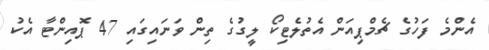
އެންމެ ފަހުގެ ޗެމްޕިއަން އެތުލެޓިކޯ ލީގުގެ ތިން ވަނައިގައި 47 ޕޮއިންޓާ އެކު